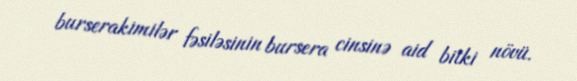
burserakimilər fəsiləsinin bursera cinsinə aid bitki növü.